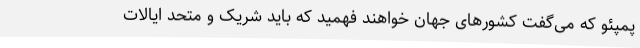
پمپئو که می‌گفت کشورهای جهان خواهند فهمید که باید شریک‌ و متحد ایالات